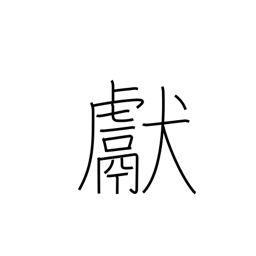
Meaning: show